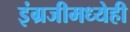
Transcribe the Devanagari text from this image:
इंग्रजीमध्येही